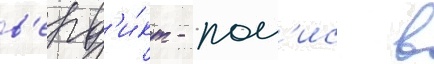
в'ерд'и́кт - пол'ис в